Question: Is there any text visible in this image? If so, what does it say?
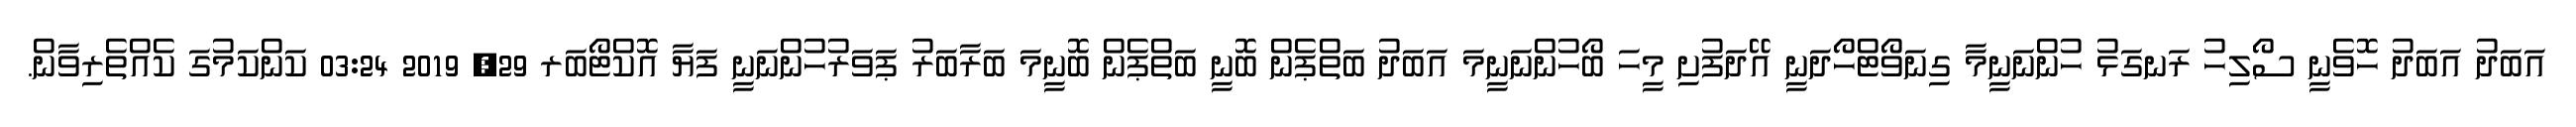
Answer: އަބަދު އަބަދު ހޮވެނީ ސޯލިހު ރަނގަޅު ހުންނަނީމާ ގިނަވޯޓްހޯދަނީ އޭދަފުށި މީހަ ބޯހުންނަނީމަ އަބަދު ބަތްޕެން ބޮނީ ބަތްޕެން ބޮނީމަ ބަރާބަރު ޕަވަރުހުންނަނީ ފަޔާ އޮކްޓޯބަރ 29, 2019 03:24 ކަންކަމުގަ ކެއްތެރިވާން.